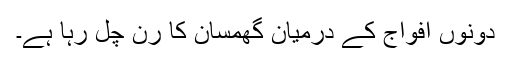
دونوں افواج کے درمیان گھمسان کا رن چل رہا ہے۔